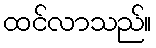
ထင်လာသည်။